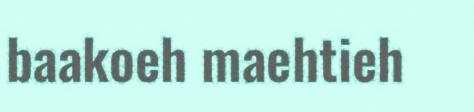
baakoeh maehtieh